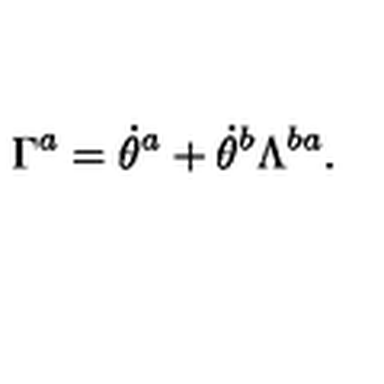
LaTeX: \Gamma ^ { a } = \dot { \theta } ^ { a } + \dot { \theta } ^ { b } \Lambda ^ { b a } .